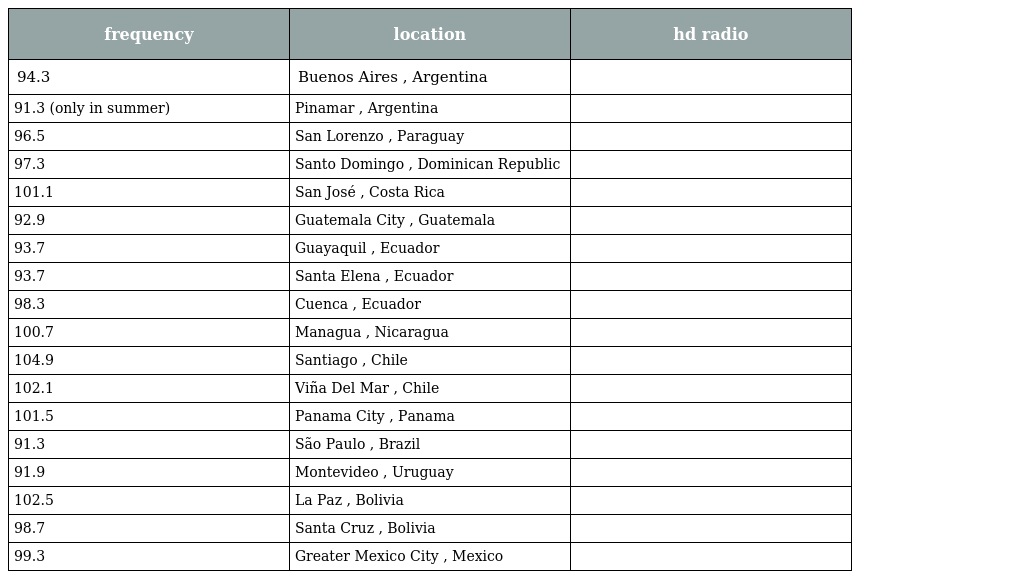
| frequency | location | hd radio |
 | --- | --- | --- |
 | 94.3 | Buenos Aires , Argentina |  |
 | 91.3 (only in summer) | Pinamar , Argentina |  |
 | 96.5 | San Lorenzo , Paraguay |  |
 | 97.3 | Santo Domingo , Dominican Republic |  |
 | 101.1 | San José , Costa Rica |  |
 | 92.9 | Guatemala City , Guatemala |  |
 | 93.7 | Guayaquil , Ecuador |  |
 | 93.7 | Santa Elena , Ecuador |  |
 | 98.3 | Cuenca , Ecuador |  |
 | 100.7 | Managua , Nicaragua |  |
 | 104.9 | Santiago , Chile |  |
 | 102.1 | Viña Del Mar , Chile |  |
 | 101.5 | Panama City , Panama |  |
 | 91.3 | São Paulo , Brazil |  |
 | 91.9 | Montevideo , Uruguay |  |
 | 102.5 | La Paz , Bolivia |  |
 | 98.7 | Santa Cruz , Bolivia |  |
 | 99.3 | Greater Mexico City , Mexico |  |